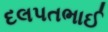
દલપતભાઈ